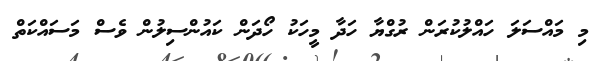
މި މައްސަލަ ހައްލުކުރަން ރުގްޔާ ހަދާ މީހަކު ހޯދަން ކައުންސިލުން ވެސް މަސައްކަތް